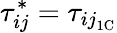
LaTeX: \tau_{ij}^{*}=\tau_{{ij}_{\mathrm{1C}}}